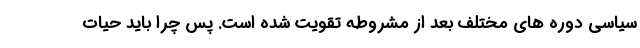
سیاسی دوره های مختلف بعد از مشروطه تقویت شده است. پس چرا باید حیات